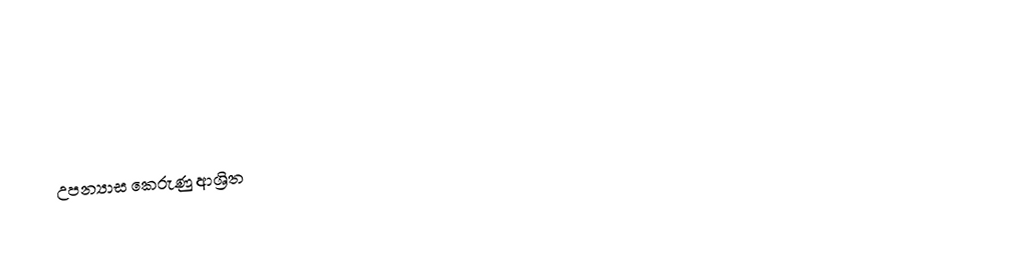

උපන්‍යාස කෙරුණු ආශ්‍රිත